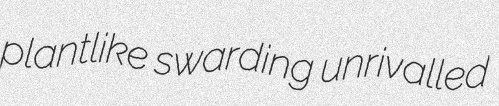
plantlike swarding unrivalled